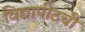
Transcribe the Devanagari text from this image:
विद्यापीठची